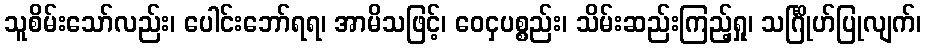
သူစိမ်းသော်လည်း၊ ပေါင်းဘော်ရရ၊ အာမိသဖြင့်၊ ဝေငှပစ္စည်း၊ သိမ်းဆည်းကြည့်ရှု၊ သင်္ဂြိုဟ်ပြုလျက်၊